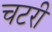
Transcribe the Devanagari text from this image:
चटरी